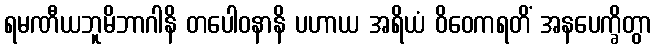
ရမဏီယဘူမိဘာဂါနိ တပေါဝနာနိ ပဟာယ အရိယံ ဝိဝေကရတိံ အနပေက္ခိတွာ